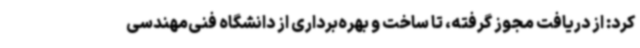
کرد: از دریافت مجوز گرفته، تا ساخت و بهره‌برداری از دانشگاه فنی‌مهندسی